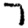
Digit: 7